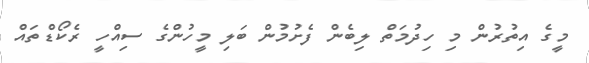
މީގެ އިތުރުން މި ހިދުމަތް ލިބެން ފެށުމުން ބަލި މީހުންގެ ސިއްހީ ރެކޯޑްތައް